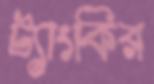
ট্যাংকির